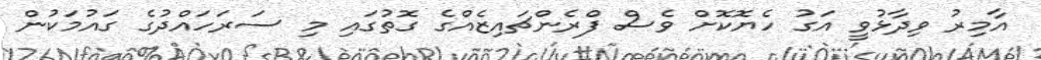
އާމިރު ވިދާޅުވީ އަގު ހެޔޮކޮށް ވެސް ފްރެންޗައިޒެއްގެ ގޮތުގައި މި ސަރަހައްދުގެ ގައުމަކުން